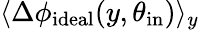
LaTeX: \langle\Delta\phi_{\mathrm{ideal}}(y,\theta_{\mathrm{in}})\rangle_{y}